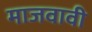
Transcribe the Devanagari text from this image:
माजवावी